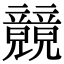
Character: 竸